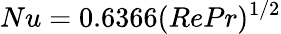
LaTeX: Nu=0.6366(RePr)^{1/2}